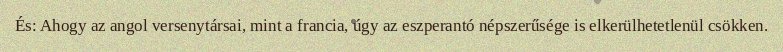
És: Ahogy az angol versenytársai, mint a francia, úgy az eszperantó népszerűsége is elkerülhetetlenül csökken.